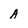
Character: A